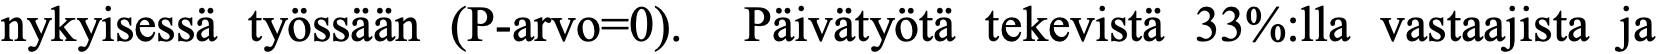
nykyisessä työssään (P-arvo=0). Päivätyötä tekevistä 33%:lla vastaajista ja